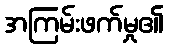
အကြမ်းဖက်မှု၏